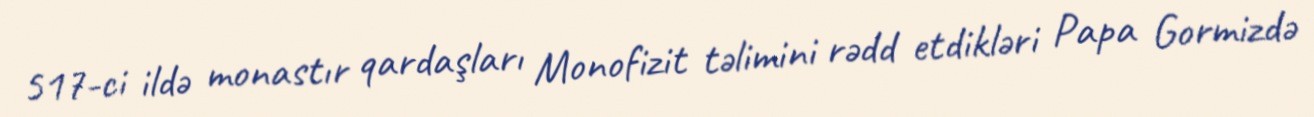
517-ci ildə monastır qardaşları Monofizit təlimini rədd etdikləri Papa Gormizdə